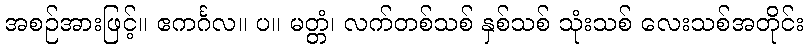
အစဉ်အားဖြင့်။ ဧကင်္ဂလ။ ပ။ မတ္တံ၊ လက်တစ်သစ် နှစ်သစ် သုံးသစ် လေးသစ်အတိုင်း